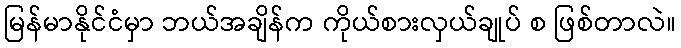
မြန်မာနိုင်ငံမှာ ဘယ်အချိန်က ကိုယ်စားလှယ်ချုပ် စ ဖြစ်တာလဲ။